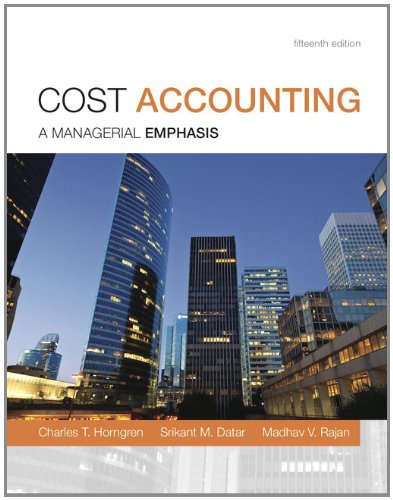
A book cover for Cost Accounting (15th Edition); Charles T. Horngren; Business & Money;